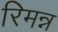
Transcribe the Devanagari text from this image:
रिमन्न